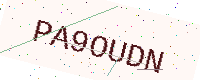
Text: PA9OUDN